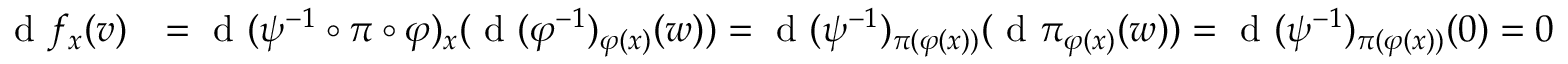
\begin{array} { r l } { \textrm { d } f _ { x } ( v ) } & { = \textrm { d } ( \psi ^ { - 1 } \circ \pi \circ \varphi ) _ { x } ( \textrm { d } ( \varphi ^ { - 1 } ) _ { \varphi ( x ) } ( w ) ) = \textrm { d } ( \psi ^ { - 1 } ) _ { \pi ( \varphi ( x ) ) } ( \textrm { d } \pi _ { \varphi ( x ) } ( w ) ) = \textrm { d } ( \psi ^ { - 1 } ) _ { \pi ( \varphi ( x ) ) } ( 0 ) = 0 } \end{array}